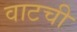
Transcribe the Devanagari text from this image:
वाटची